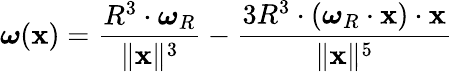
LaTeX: {\boldsymbol{\omega}}(\mathbf{x})={\frac{R^{3}\cdot{\boldsymbol{\omega}}_{R}}{\| \mathbf{x}\| ^{3}}}-{\frac{3R^{3}\cdot({\boldsymbol{\omega}}_{R}\cdot\mathbf{x})\cdot\mathbf{x}}{\| \mathbf{x}\| ^{5}}}